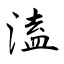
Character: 溘